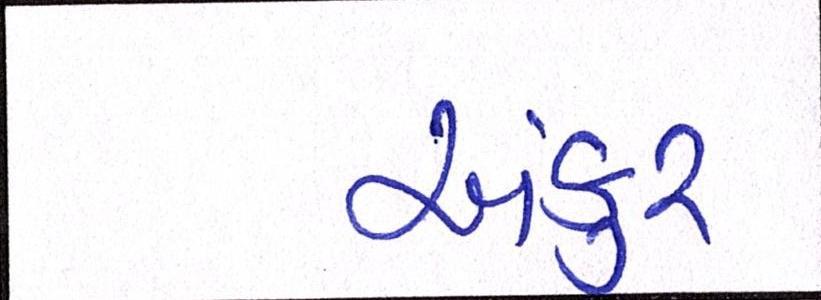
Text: અંકુર